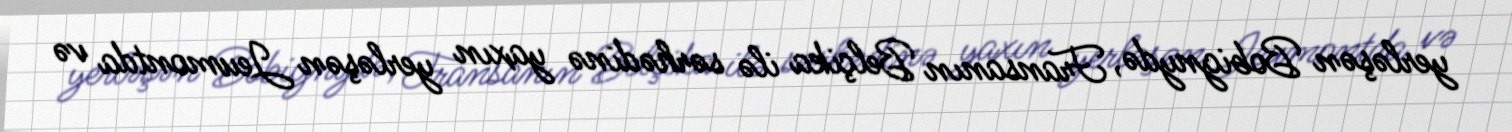
yerləşən Bobignydə, Fransanın Belçika ilə sərhədinə yaxın yerləşən Jeumontda və